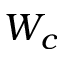
W _ { c }